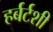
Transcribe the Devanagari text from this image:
हर्बर्टशी